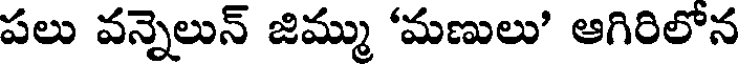
పలు వన్నెలున్ జిమ్ము 'మణులు' ఆగిరిలోన